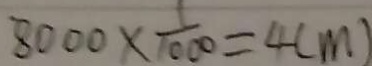
8 0 0 0 \times \frac { 1 } { 1 0 0 0 } = 4 ( m )